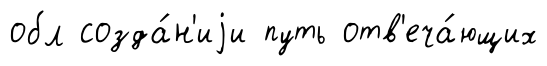
обл созда́н'иjи путь отв'еча́ющих